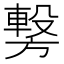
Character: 𭥂